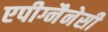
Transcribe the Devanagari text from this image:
एपीग्नैनेसी